Report on enteric fever
Disease focus: Fever
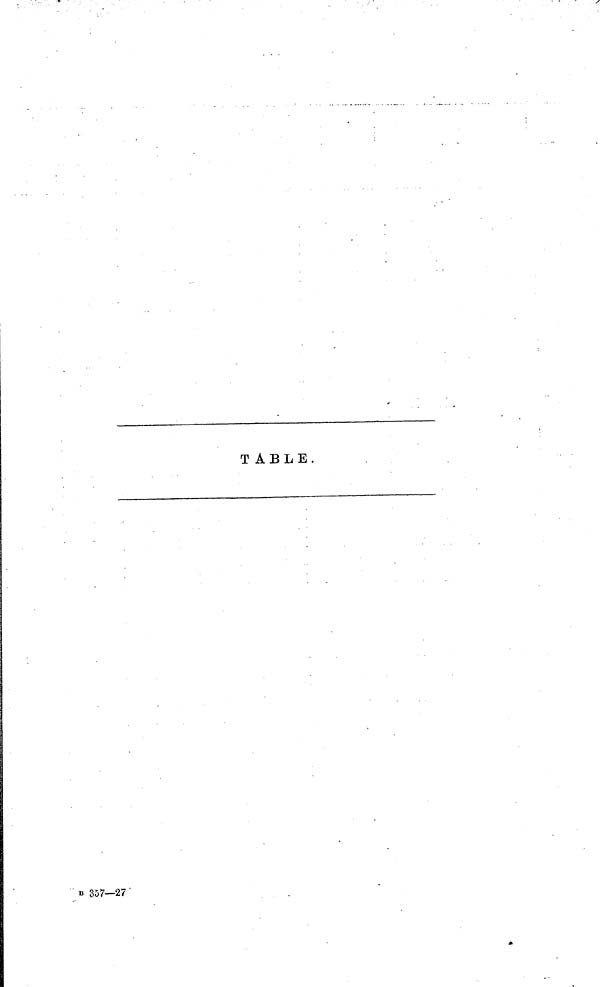
TABLE.
B 357—27